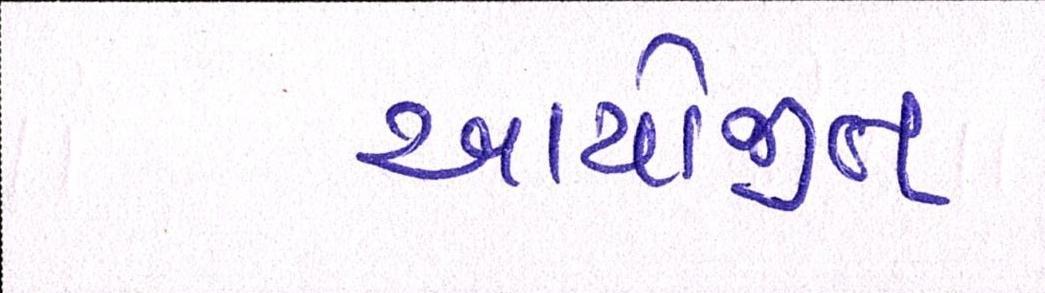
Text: આયોજીત